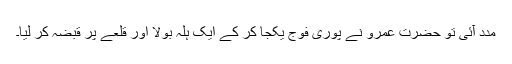
مدد آئی تو حضرت عمرو نے پوری فوج یکجا کر کے ایک ہلہ بولا اور قلعے پر قبضہ کر لیا۔